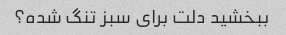
ببخشید دلت برای سبز تنگ شده؟